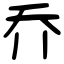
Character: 乔